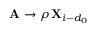
\mathbf { A } \to \rho \, \mathbf { X } _ { i - d _ { 0 } }